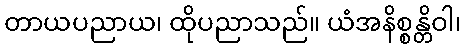
တာယပညာယ၊ ထိုပညာသည်။ ယံအနိစ္စန္တိဝါ၊